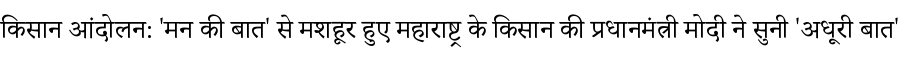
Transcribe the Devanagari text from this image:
किसान आंदोलन: 'मन की बात' से मशहूर हुए महाराष्ट्र के किसान की प्रधानमंत्री मोदी ने सुनी 'अधूरी बात'